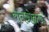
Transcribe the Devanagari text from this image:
रानओळख